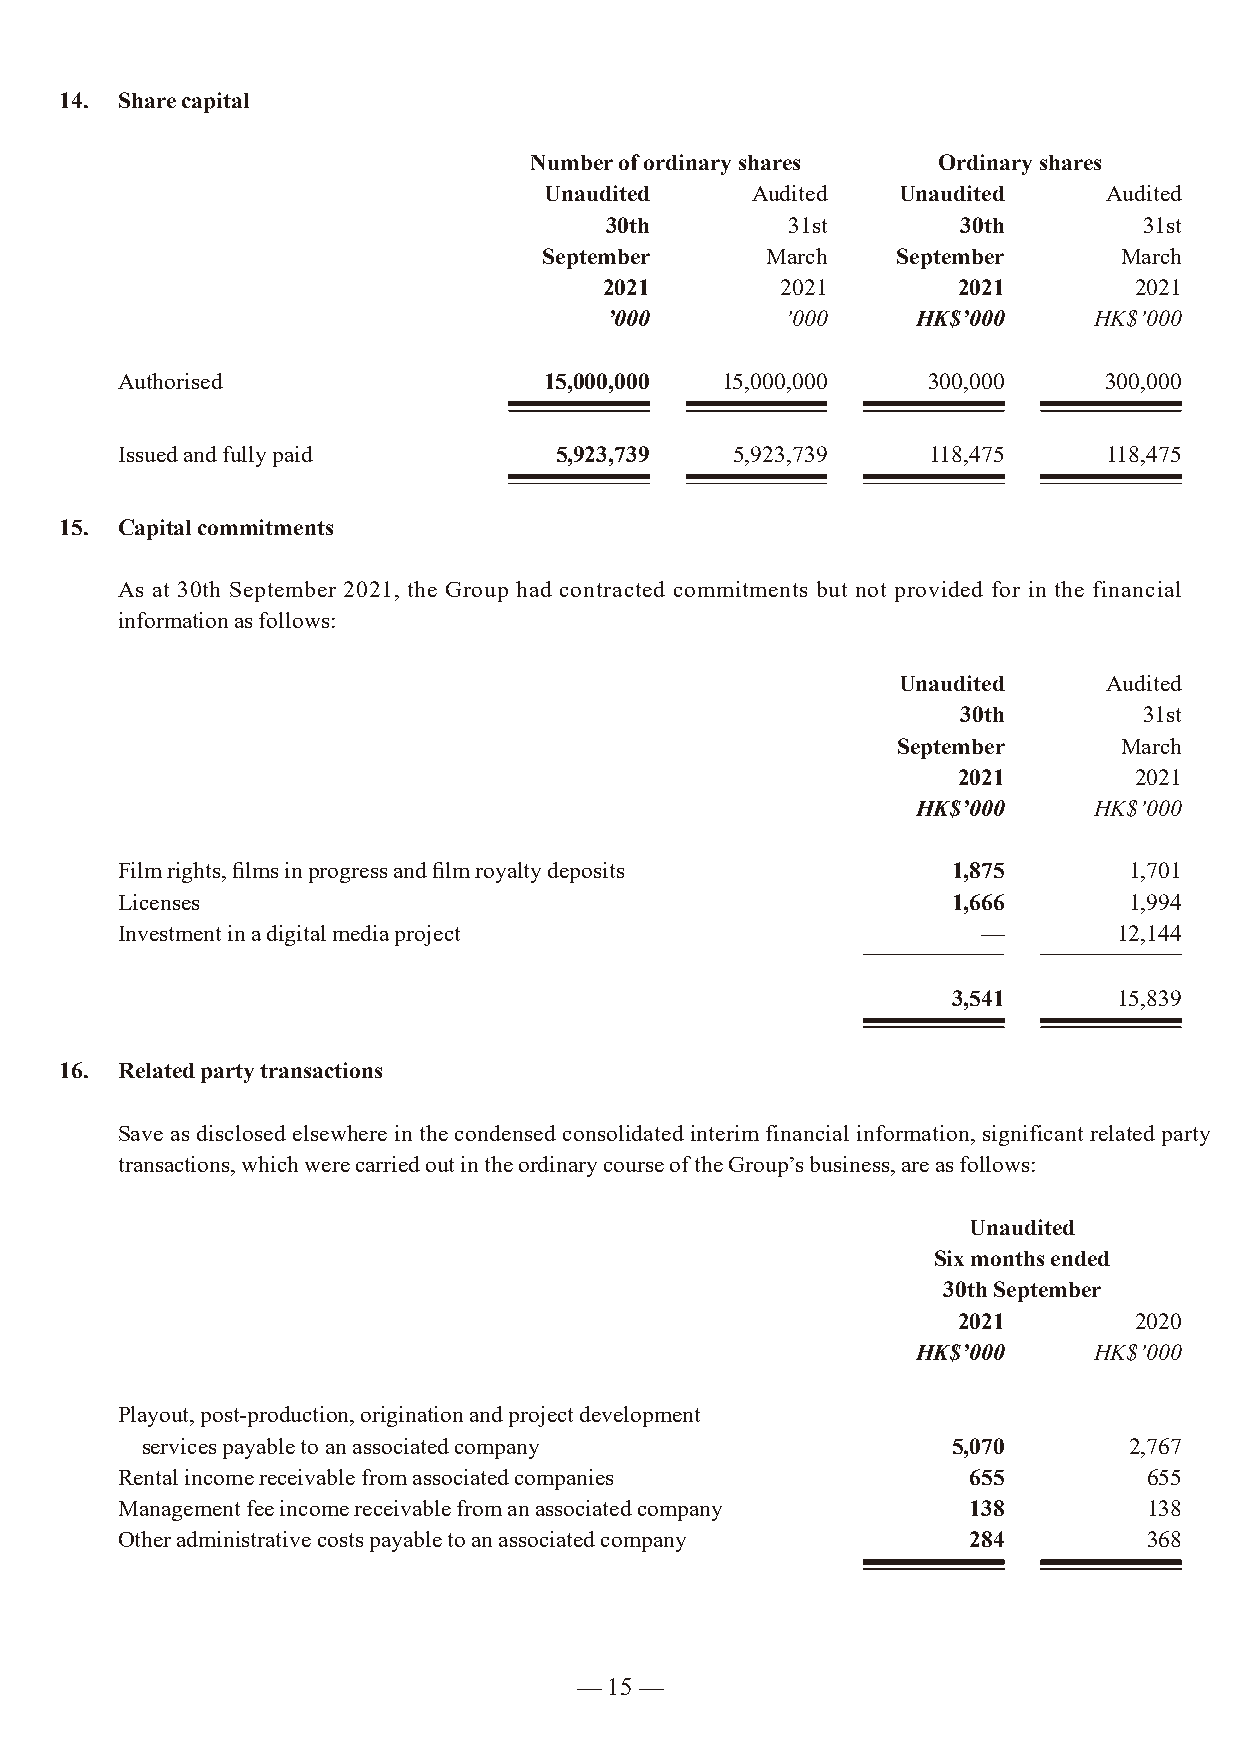
14. Share capital
 Number of ordinary shares  Ordinary shares
 Unaudited     Audited  Unaudited     Audited
 30th        31st        30th        31st
 September      March   September      March
 2021        2021       2021        2021
 ’000        ’000     HK$’000    HK$’000
 Authorised                  15,000,000  15,000,000   300,000     300,000
 Issued and fully paid        5,923,739   5,923,739   118,475     118,475
 15. Capital commitments
 As at 30th September 2021, the Group had contracted commitments but not provided for in the financial
 information as follows:
 Unaudited     Audited
 30th        31st
 September      March
 2021        2021
 HK$’000    HK$’000
 Film rights, films in progress and film royalty deposits 1,875     1,701
 Licenses                                               1,666       1,994
 Investment in a digital media project                    —        12,144
 3,541      15,839
 16. Related party transactions
 Save as disclosed elsewhere in the condensed consolidated interim financial information, significant related party
 transactions, which were carried out in the ordinary course of the Group’s business, are as follows:
 Unaudited
 Six months ended
 30th September
 2021        2020
 HK$’000    HK$’000
 Playout, post-production, origination and project development
 services payable to an associated company             5,070       2,767
 Rental income receivable from associated companies      655         655
 Management fee income receivable from an associated company 138     138
 Other administrative costs payable to an associated company 284     368
 — 15 —